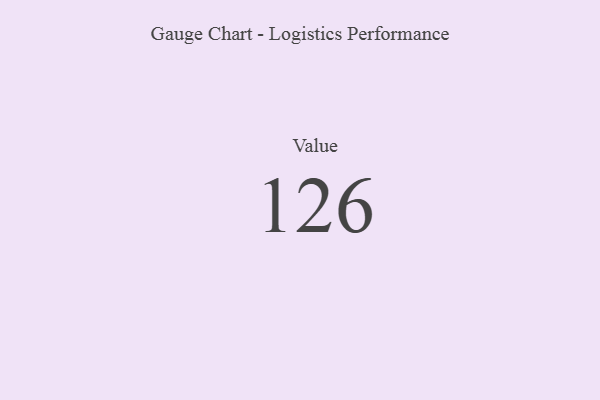
{"axis": {"x": "Metric", "y": "Value"}, "legend": [""], "data": [{"x": "Value", "y": 126, "type": ""}]}